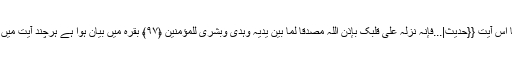
[16] جبرائیل کا اصلی وظیفہ خدا کی وحی کو انبیا تک پہنچانا اس آیت {{حدیث|...فَإِنَّہُ نَزَّلَہُ عَلَیٰ قَلْبِک بِإِذْنِ اللَّہِ مُصَدِّقًا لِّمَا بَینَ یدَیہِ وَہُدًی وَبُشْرَیٰ لِلْمُؤْمِنِینَ ﴿۹۷﴾ بقرہ میں بیان ہوا ہے ہرچند آیت میں وحی آنے کی کیفیت کے بارے میں کوئی بات نہیں ہوئی ہے۔